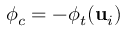
\phi _ { c } = - \phi _ { t } ( \mathbf { u } _ { i } )